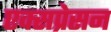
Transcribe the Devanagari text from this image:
एक्सप्रेसन